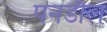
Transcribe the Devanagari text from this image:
पनडौल